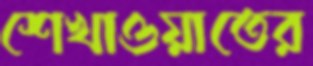
শেখাওয়াতের